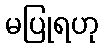
မပြုရဟု